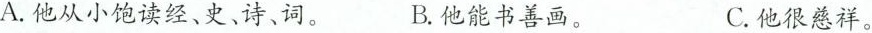
A.他从小饱读经、史、诗、词。 B.他能书善画。 C.他很慈祥。